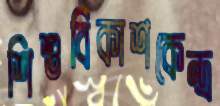
শিশুবিকাশকেন্দ্র